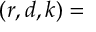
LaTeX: ( r , d , k ) =